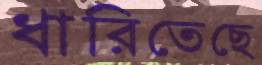
ধারিতেছে